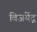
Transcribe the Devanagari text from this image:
विजयेंद्ग